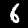
Label: 6